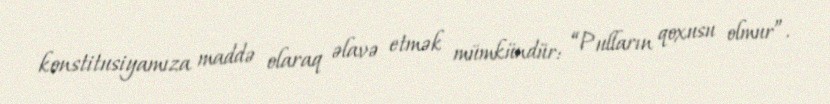
konstitusiyamıza maddə olaraq əlavə etmək mümkündür: “Pulların qoxusu olmur”.